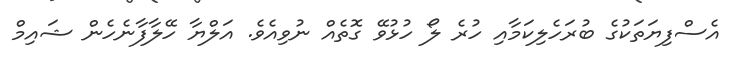
އެސްފިޔަތަކުގެ ބުރަހެލިކަމާއި ހުރެ ލޯ ހުޅުވޭ ގޮތެއް ނުވިއެވެ. އަލްޔާ ހޭލާފާނެހެން ޝައިމް